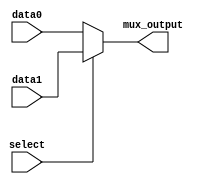
module MUX (
  input wire [31:0] data0,
  input wire [31:0] data1,
  input wire select,
  output reg [31:0] mux_output
);

  always @* begin
    if (select)
      mux_output = data1;
    else
      mux_output = data0;
  end

endmodule


//TestBench

module MUX_tb;

  // Parameters
  parameter CLK_PERIOD = 10; // Clock period in ns

  // Signals
  reg [31:0] data0, data1;
  reg select;
  wire [31:0] mux_output;

  // Instantiate the unit under test (UUT)
  MUX dut (
    .data0(data0),
    .data1(data1),
    .select(select),
    .mux_output(mux_output)
  );

  // Clock generation
  reg clk = 0;
  always #((CLK_PERIOD)/2) clk = ~clk;

  // Test stimulus
  initial begin
    $dumpfile("mux_tb.vcd");
    $dumpvars(0, MUX_tb);

    // Test case 1: select is 0, output should be data0
    data0 = 32'b10101010_10101010_10101010_10101010;
    data1 = 32'b01010101_01010101_01010101_01010101;
    select = 0;
    #10;
    if (mux_output !== data0) $display("Test case 1 failed!");
    else $display("Test case 1 passed!");

    // Test case 2: select is 1, output should be data1
    select = 1;
    #10;
    if (mux_output !== data1) $display("Test case 2 failed!");
    else $display("Test case 2 passed!");

    // Test case 3: select toggles, output should toggle accordingly
    select = 0;
    #10;
    select = 1;
    #10;
    if (mux_output !== data1) $display("Test case 3 failed!");
    else $display("Test case 3 passed!");

    // End of simulation
    #10;
    $finish;
  end

endmodule